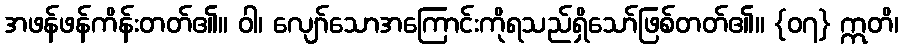
အဖန်ဖန်ကိန်းတတ်၏။ ဝါ၊ လျော်သောအကြောင်းကိုရသည်ရှိသော်ဖြစ်တတ်၏။ {၀၇} ဣတိ၊